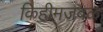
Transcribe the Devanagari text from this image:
किहीमजवळ